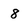
Character: 8